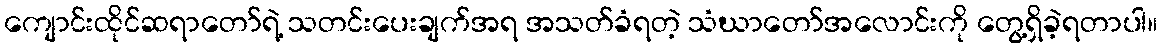
ကျောင်းထိုင်ဆရာတော်ရဲ့ သတင်းပေးချက်အရ အသတ်ခံရတဲ့ သံဃာတော်အလောင်းကို တွေ့ရှိခဲ့ရတာပါ။